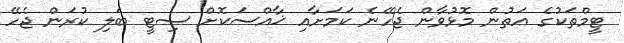
ޓީމްތަކުގެ އަތުން މޮޅުވާން ޖެހޭނެ ކަމަށާއި ޚާއްސަކޮށް ސިޓީ ބަލި ކުރަން ޖެހޭ